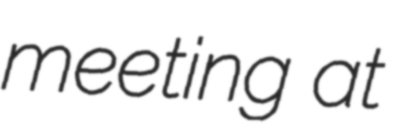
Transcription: meeting at